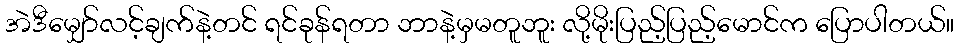
အဲဒီမျှော်လင့်ချက်နဲ့တင် ရင်ခုန်ရတာ ဘာနဲ့မှမတူဘူး လို့မိုးပြည့်ပြည့်မောင်က ပြောပါတယ်။